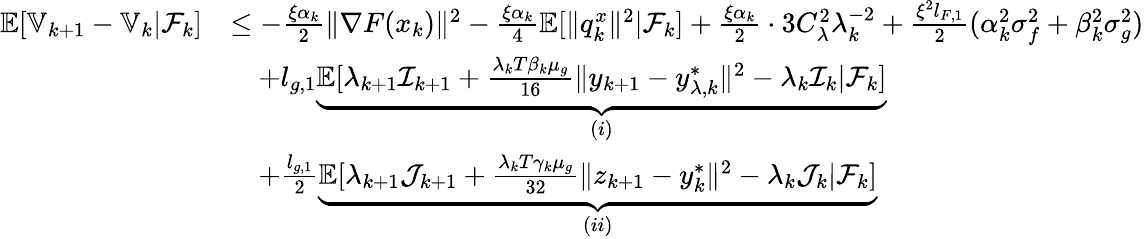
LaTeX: \begin{array}{rl}{\mathbb{E}[\mathbb{V}_{k+1}-\mathbb{V}_{k}|\mathcal{F}_{k}]}&{\le-\frac{\xi\alpha_{k}}{2}\| \nabla F(x_{k})\| ^{2}-\frac{\xi\alpha_{k}}{4}\mathbb{E}[\| q_{k}^{x}\| ^{2}|\mathcal{F}_{k}]+\frac{\xi\alpha_{k}}{2}\cdot 3C_{\lambda}^{2}\lambda_{k}^{-2}+\frac{\xi^{2}l_{F,1}}{2}(\alpha_{k}^{2}\sigma_{f}^{2}+\beta_{k}^{2}\sigma_{g}^{2})}\\ &{\quad+l_{g,1}\underbrace{\mathbb{E}[\lambda_{k+1}\mathcal{I}_{k+1}+\frac{\lambda_{k}T\beta_{k}\mu_{g}}{16}\| y_{k+1}-y_{\lambda,k}^{*}\| ^{2}-\lambda_{k}\mathcal{I}_{k}|\mathcal{F}_{k}]}_{(i)}}\\ &{\quad+\frac{l_{g,1}}{2}\underbrace{\mathbb{E}[\lambda_{k+1}\mathcal{J}_{k+1}+\frac{\lambda_{k}T\gamma_{k}\mu_{g}}{32}\| z_{k+1}-y_{k}^{*}\| ^{2}-\lambda_{k}\mathcal{J}_{k}|\mathcal{F}_{k}]}_{(ii)}}\end{array}